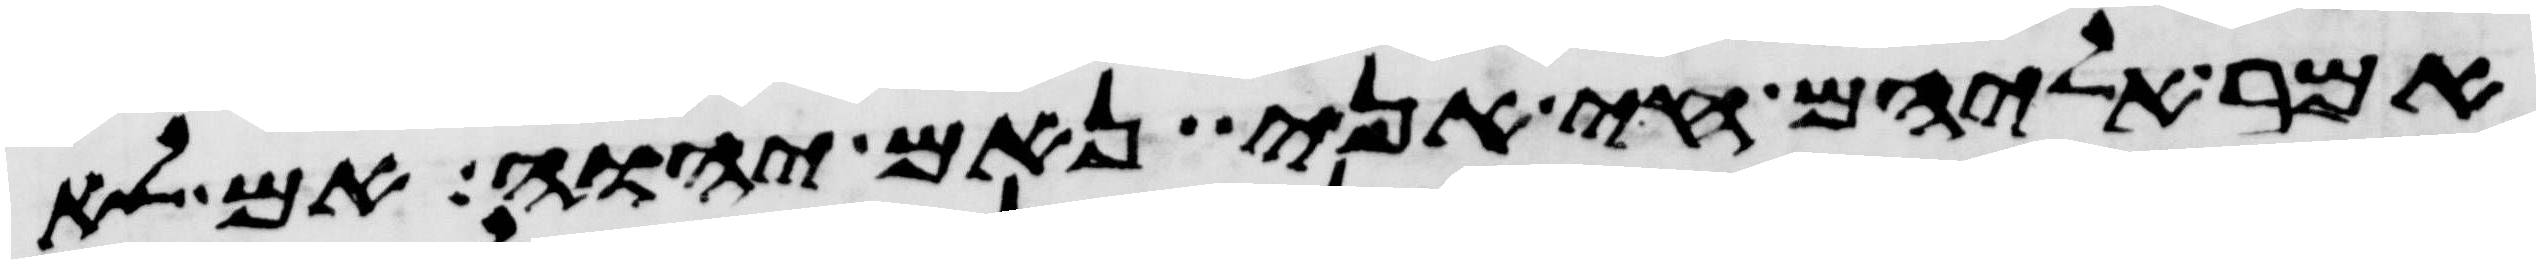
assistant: אמר אליהם חי אני נאם יהוה אם לא